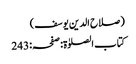
(صلاح الدین یوسف)
کتاب الصلوٰۃ:صفحہ:243